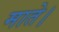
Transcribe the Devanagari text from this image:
माते।